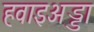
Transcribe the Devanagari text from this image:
हवाइअड्डा